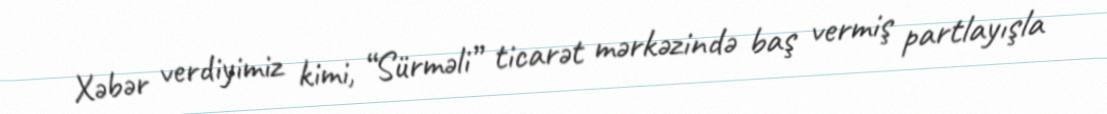
Xəbər verdiyimiz kimi, “Sürməli” ticarət mərkəzində baş vermiş partlayışla